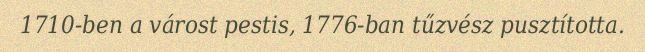
1710-ben a várost pestis, 1776-ban tűzvész pusztította.